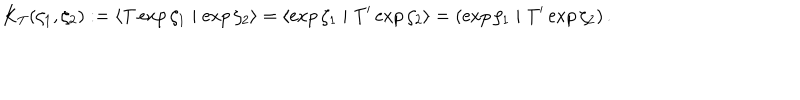
K _ { T } ( \zeta _ { 1 } , \zeta _ { 2 } ) : = \left\langle \mathrm { T } \exp \zeta _ { 1 } \mid \exp \zeta _ { 2 } \right\rangle = \left\langle \exp \zeta _ { 1 } \mid \mathrm { T } ^ { \prime } \exp \zeta _ { 2 } \right\rangle = \left( \exp \zeta _ { 1 } \mid \mathrm { T } ^ { \prime } \exp \zeta _ { 2 } \right) .